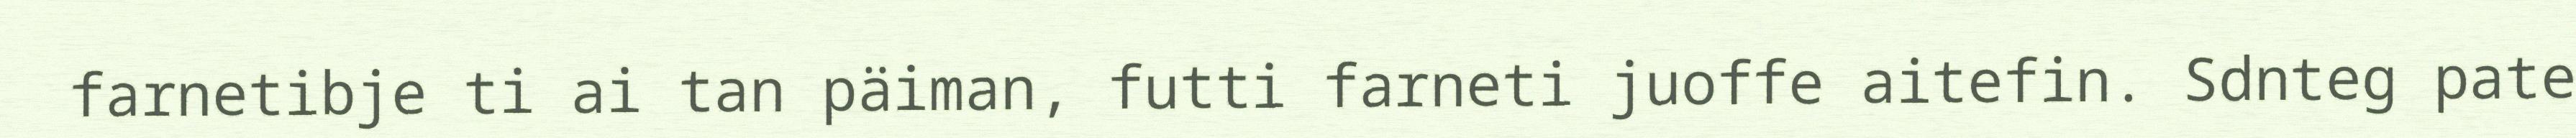
farnetibje ti ai tan päiman, futti farneti juoffe aitefin. Sdnteg pate